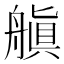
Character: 𬜘